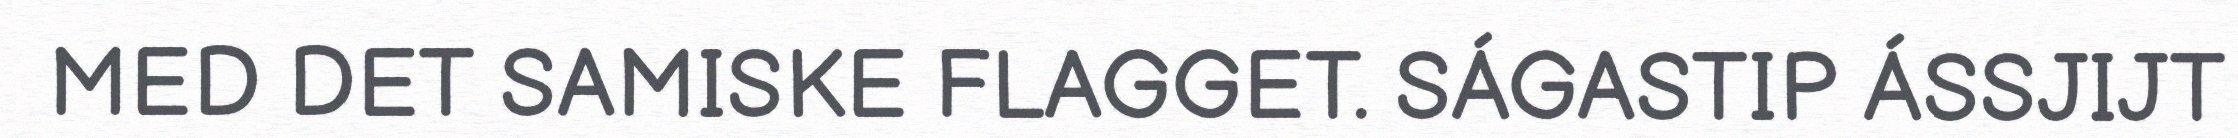
MED DET SAMISKE FLAGGET. SÁGASTIP ÁSSJIJT